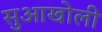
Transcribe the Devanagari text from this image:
सुआखोली